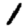
Digit: 1